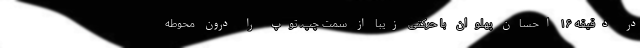
در دقیقه ۱۶ احسان پهلوان با حرکتی زیبا از سمت چپ، توپ را درون محوطه